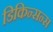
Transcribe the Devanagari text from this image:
डिकिन्सन्स